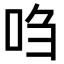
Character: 𫩩